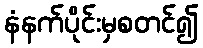
နံနက်ပိုင်းမှစတင်၍